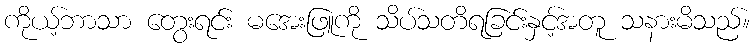
ကိုယ့်ဘာသာ တွေးရင်း မအေးဖြူကို သိပ်သတိရခြင်းနှင့်အတူ သနားမိသည်။